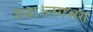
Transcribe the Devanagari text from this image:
गया।लगभग